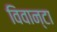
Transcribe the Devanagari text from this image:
विवान्टा